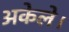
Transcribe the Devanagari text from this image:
अकेले।